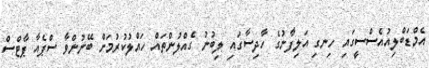
އެމްޑަބްލިއުއެސްސީގައި ހިނގި އަލިފާނުގެ ހާދިސާގައި ލިބުނު ގެއްލުންތައް ހައްލުކުރުމަށް ބޭނުންވާ ސްޕެއާ ޕާޓްސް